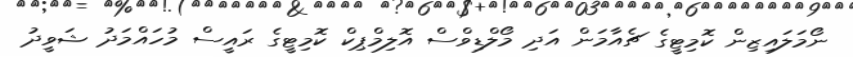
ނޯމަލައިޒިން ކޮމިޓީގެ ޗެއާމަން އަދި މޯލްޑިވްސް އޮލިމްޕިކް ކޮމިޓީގެ ރައީސް މުހައްމަދު ޝަވީދު